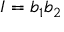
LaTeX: I = b _ { 1 } b _ { 2 }